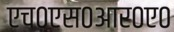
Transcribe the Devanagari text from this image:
एच०एस०आर०ए०